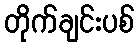
တိုက်ချင်းပစ်